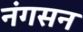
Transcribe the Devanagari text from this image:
नंगसन